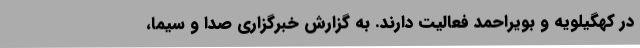
در کهگیلویه و بویراحمد فعالیت دارند. به گزارش خبرگزاری صدا و سیما،